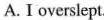
A. I overslept.